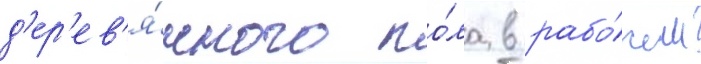
д'ер'ев'я́нного по́ла в рабо́чем